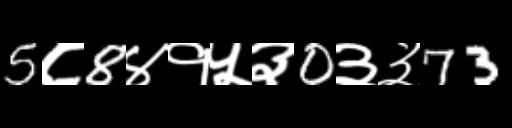
Text: 5८8४१५३0३३73